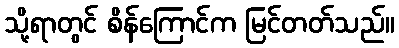
သို့ရာတွင် စိန်ကြောင်က မြင်တတ်သည်။